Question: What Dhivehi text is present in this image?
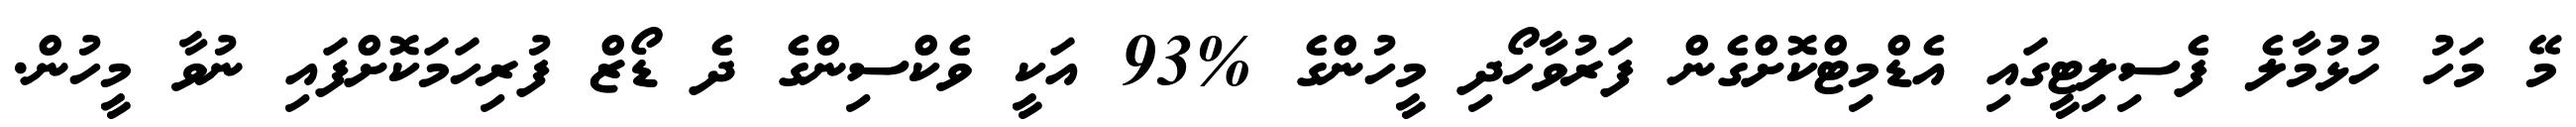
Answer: މޭ މަހު ހުޅުމާލެ ފެސިލިޓީގައި އެޑްމިޓްކޮށްގެން ފަރުވާހޯދި މީހުންގެ %93 އަކީ ވެކްސިންގެ ދެ ޑޯޒް ފުރިހަމަކޮށްފައި ނުވާ މީހުން.